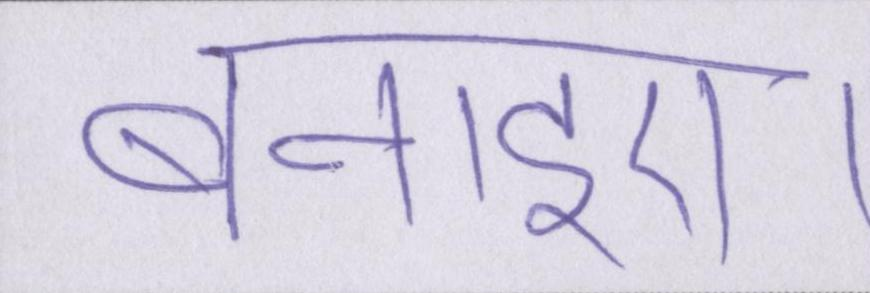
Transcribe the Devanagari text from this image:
बनाइए।